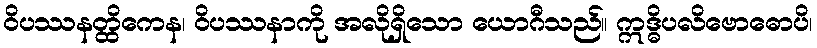
ဝိပဿနတ္ထိကေန၊ ဝိပဿနာကို အလိုရှိသော ယောဂီသည်။ ဣဒ္ဓိပလိဗောဓောပိ၊